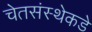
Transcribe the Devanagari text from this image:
चेतसंस्थेकडे